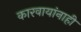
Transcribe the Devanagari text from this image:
कारवायांनाही